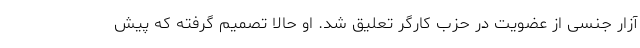
آزار جنسی از عضویت در حزب کارگر تعلیق شد. او حالا تصمیم گرفته که پیش